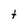
Character: t